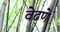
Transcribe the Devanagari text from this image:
वेढणे